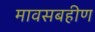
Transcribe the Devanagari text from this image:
मावसबहीण